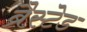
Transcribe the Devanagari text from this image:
ब्रैस्टेड